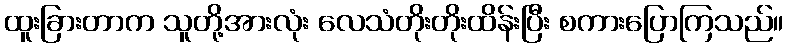
ထူးခြားတာက သူတို့အားလုံး လေသံတိုးတိုးထိန်းပြီး စကားပြောကြသည်။